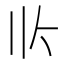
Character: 𰀢